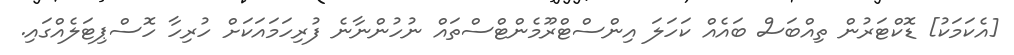
[އެކަމަކު] ޑޮކްޓަރުން ތިއްބަސް ބައެއް ކަހަލަ އިންސްޓްރޫމެންޓްސްތައް ނުހުންނާނެ ފުރިހަމައަކަށް ހުރިހާ ހޮސްޕިޓަލެއްގައި.